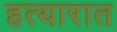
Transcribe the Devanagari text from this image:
हत्यारात